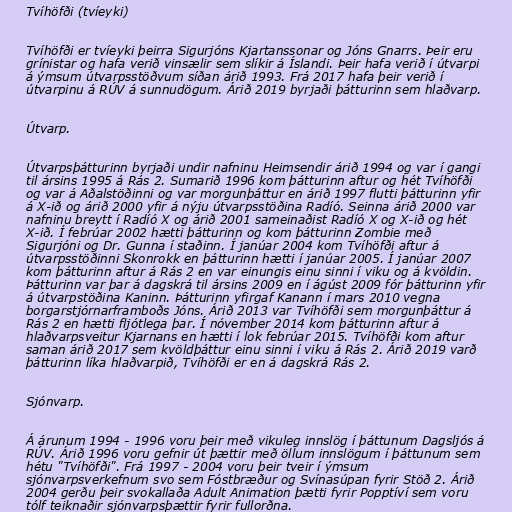
Tvíhöfði (tvíeyki)

Tvíhöfði er tvíeyki þeirra Sigurjóns Kjartanssonar og Jóns Gnarrs. Þeir eru
grínistar og hafa verið vinsælir sem slíkir á Íslandi. Þeir hafa verið í útvarpi
á ýmsum útvarpsstöðvum síðan árið 1993. Frá 2017 hafa þeir verið í
útvarpinu á RÚV á sunnudögum. Árið 2019 byrjaði þátturinn sem hlaðvarp.

Útvarp.

Útvarpsþátturinn byrjaði undir nafninu Heimsendir árið 1994 og var í gangi
til ársins 1995 á Rás 2. Sumarið 1996 kom þátturinn aftur og hét Tvíhöfði
og var á Aðalstöðinni og var morgunþáttur en árið 1997 flutti þátturinn yfir
á X-ið og árið 2000 yfir á nýju útvarpsstöðina Radíó. Seinna árið 2000 var
nafninu breytt í Radíó X og árið 2001 sameinaðist Radíó X og X-ið og hét
X-ið. Í febrúar 2002 hætti þátturinn og kom þátturinn Zombie með
Sigurjóni og Dr. Gunna í staðinn. Í janúar 2004 kom Tvíhöfði aftur á
útvarpsstöðinni Skon­rokk en þátturinn hætti í janúar 2005. Í janúar 2007
kom þátturinn aftur á Rás 2 en var einungis einu sinni í viku og á kvöldin.
Þátturinn var þar á dagskrá til ársins 2009 en í ágúst 2009 fór þátturinn yfir
á útvarpstöðina Kaninn. Þátturinn yfirgaf Kanann í mars 2010 vegna
borgarstjórnarframboðs Jóns. Árið 2013 var Tvíhöfði sem morgunþáttur á
Rás 2 en hætti fljótlega þar. Í nóvember 2014 kom þátturinn aftur á
hlaðvarpsveitur Kjarnans en hætti í lok febrúar 2015. Tvíhöfði kom aftur
saman árið 2017 sem kvöldþáttur einu sinni í viku á Rás 2. Árið 2019 varð
þátturinn líka hlaðvarpið, Tvíhöfði er en á dagskrá Rás 2.

Sjónvarp.

Á árunum 1994 - 1996 voru þeir með vikuleg innslög í þáttunum Dagsljós á
RÚV. Árið 1996 voru gefnir út þættir með öllum innslögum í þáttunum sem
hétu "Tvíhöfði". Frá 1997 - 2004 voru þeir tveir í ýmsum
sjónvarpsverkefnum svo sem Fóstbræður og Svínasúpan fyrir Stöð 2. Árið
2004 gerðu þeir svokallaða Adult Animation þætti fyrir Popptíví sem voru
tólf teiknaðir sjónvarpsþættir fyrir fullorðna.